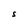
Character: S